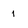
Character: 1